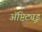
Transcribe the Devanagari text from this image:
ॲप्टिट्यूड